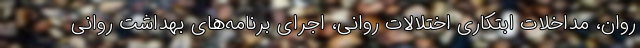
روان، مداخلات ابتکاری اختلالات روانی، اجرای برنامه‌های بهداشت روانی